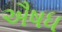
ઐષધ